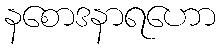
နစောဒနာရဟော